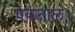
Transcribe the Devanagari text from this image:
एकताल।